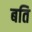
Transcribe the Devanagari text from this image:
बति